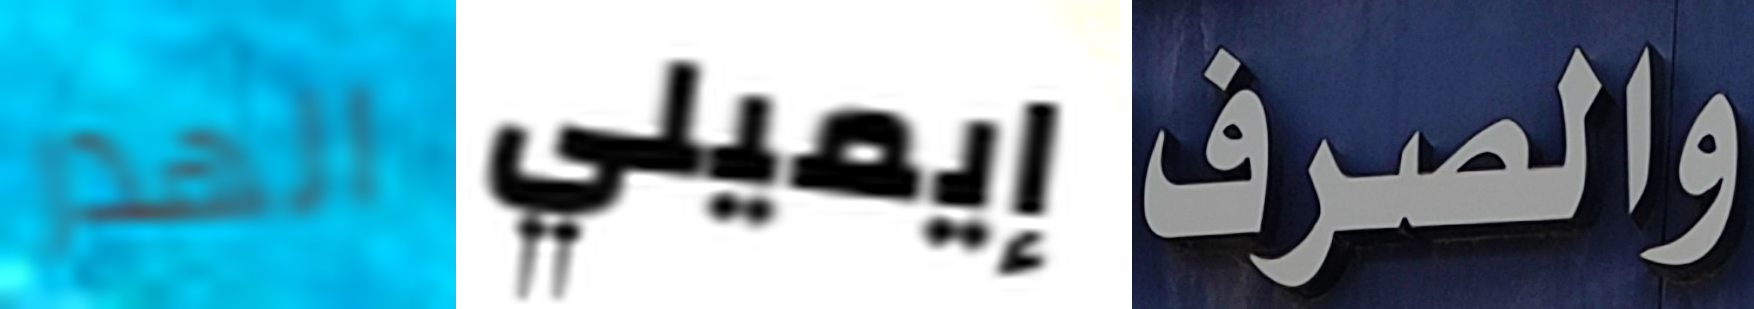
الهدر إيميلي والصرف